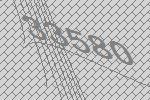
33580